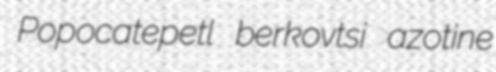
Popocatepetl berkovtsi azotine